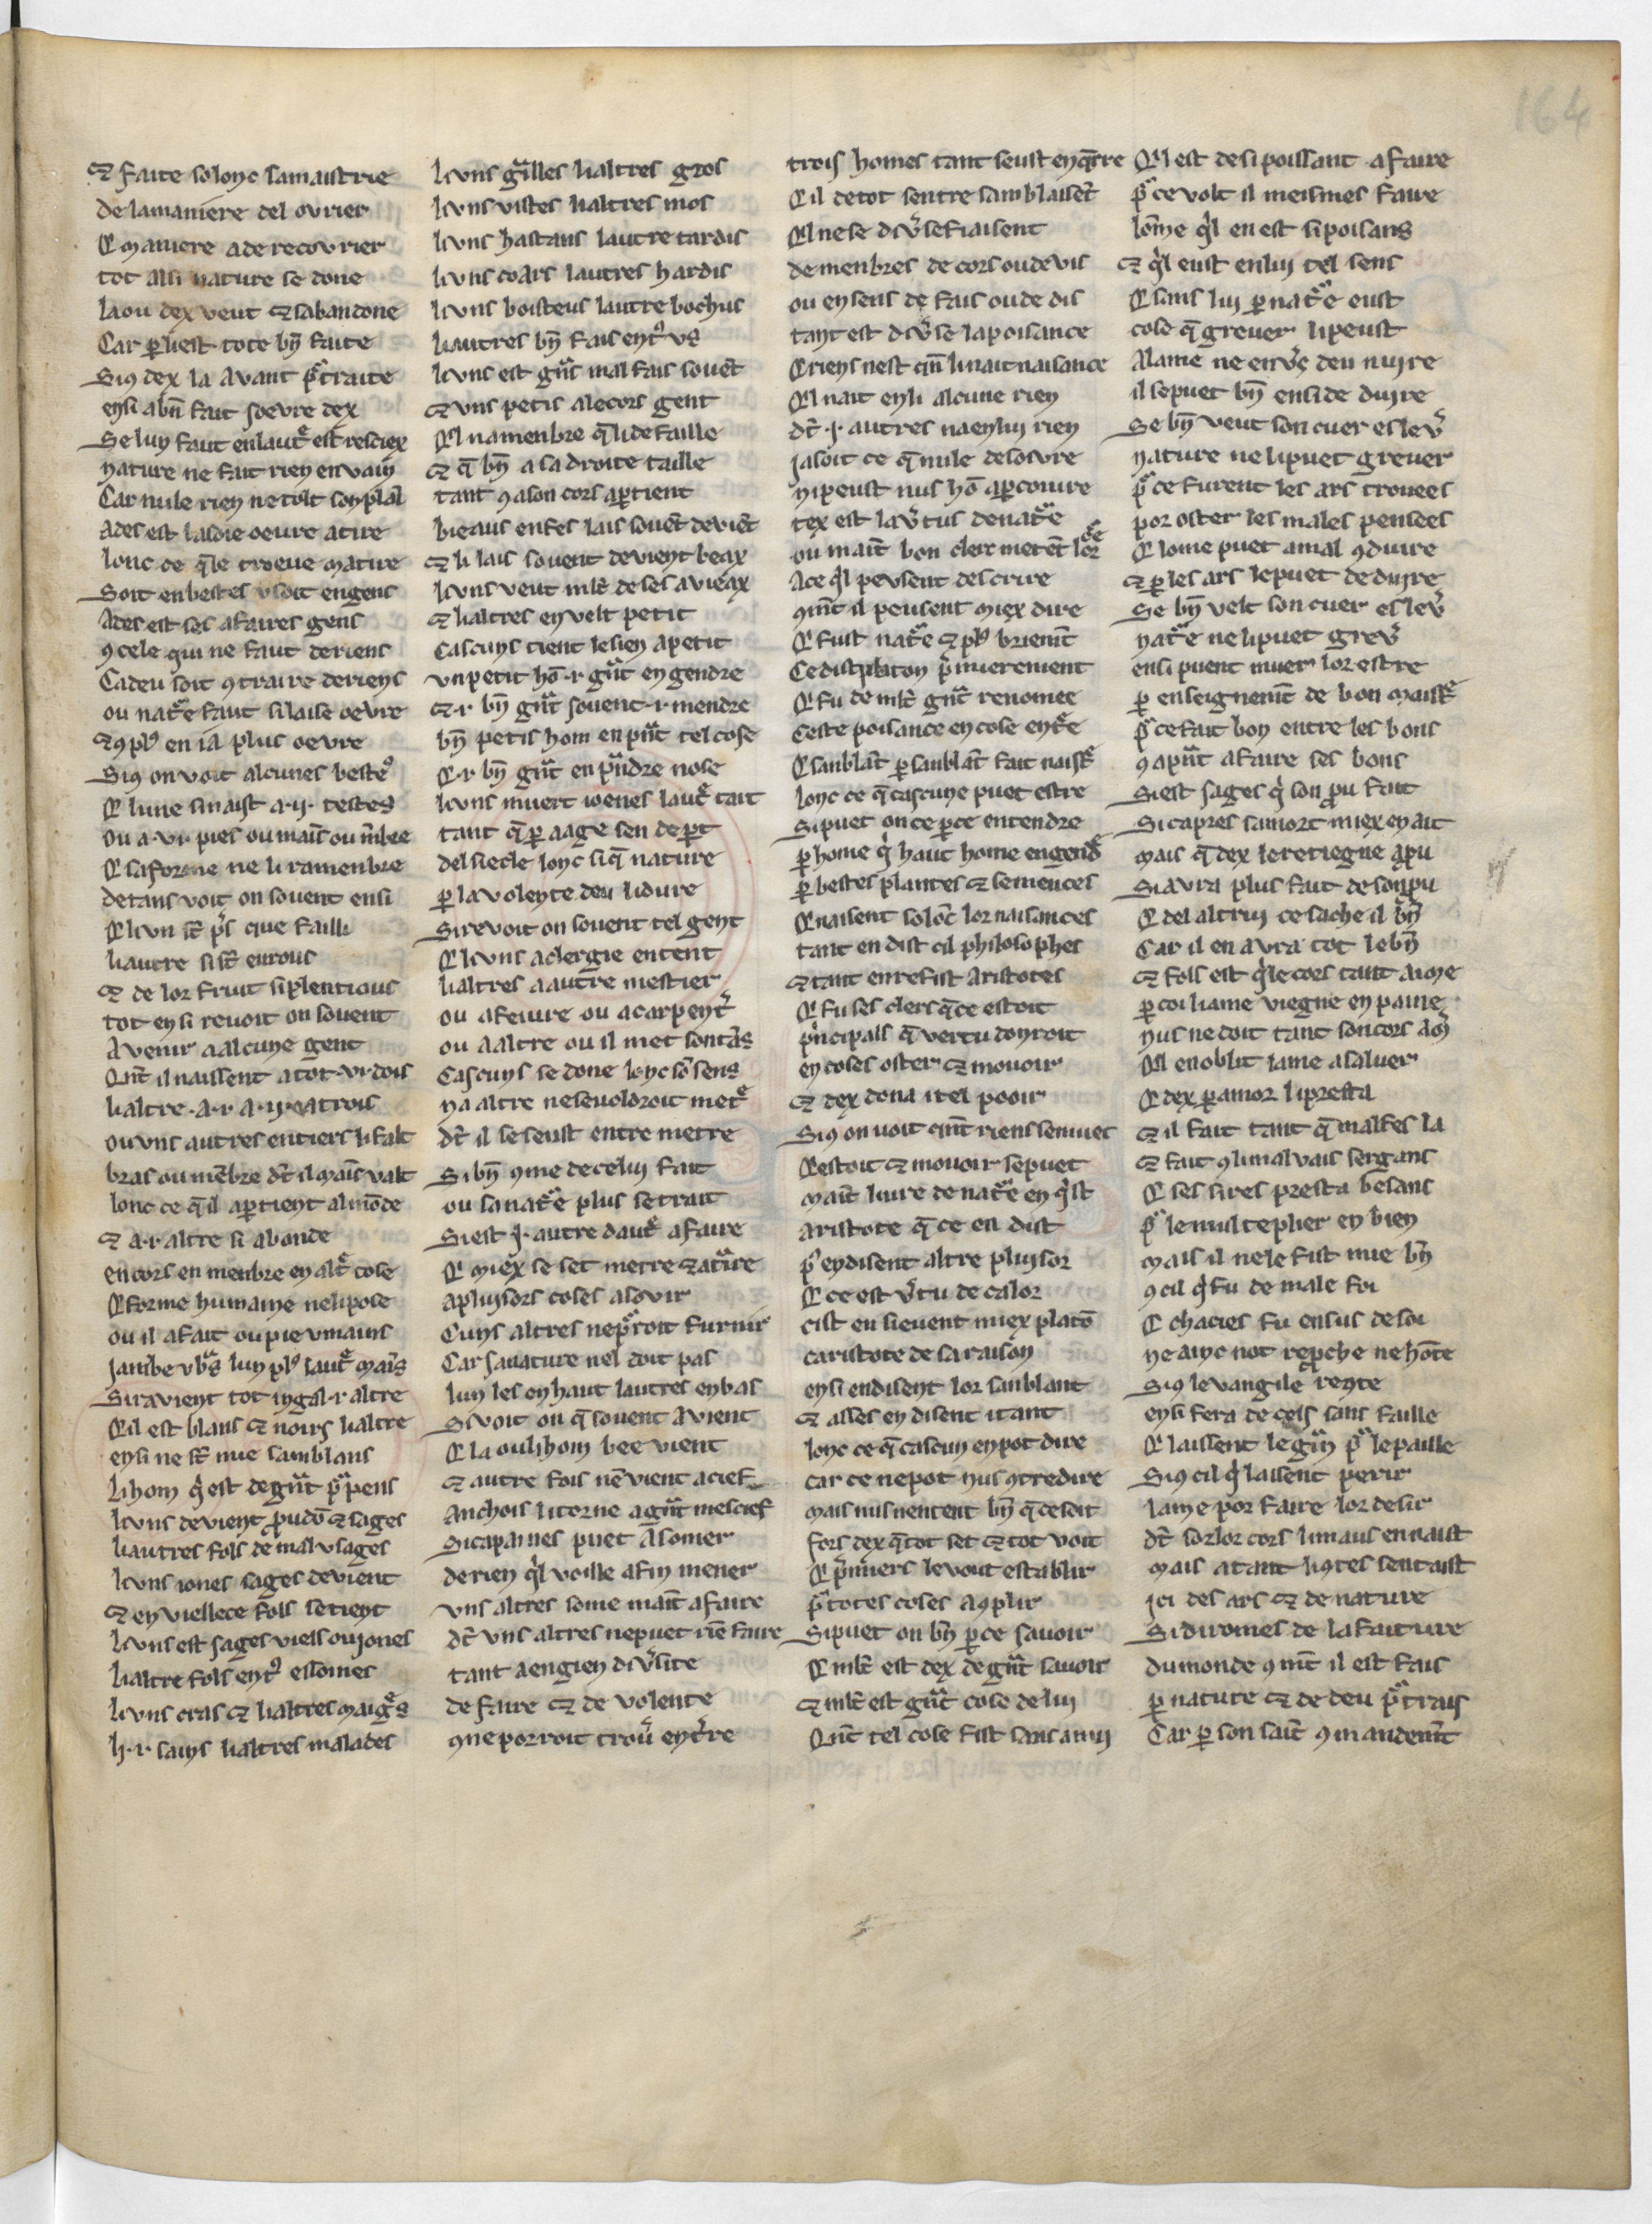
Shelfmark: Paris, BnF, Arsenal 3516
Century: 13